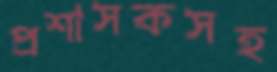
প্রশাসকসহ